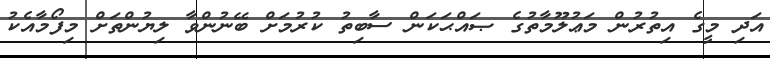
އަދި މީގެ އިތުރުން މަޢުލޫމާތުގެ ޞައްޙަކަން ސާބިތު ކުރުމަށް ބޭނުންވާ ލިޔުންތަށް މިފޯމާއެކު